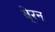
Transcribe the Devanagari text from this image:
बे्रन